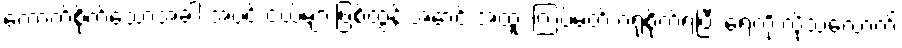
ကောက်စိုက်သောအခါ အပင် ငယ်များဖြစ်ထွန်းအောင် အထူး ကြပ်မတ် ဂရုစိုက်ရပြီး ရေကို လိုသလောက်